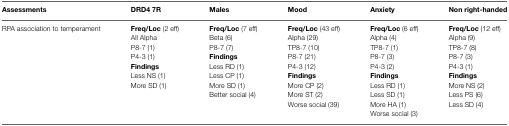
<table><thead><tr><td><b>Assessments</b></td><td><b>DRD4 7R</b></td><td><b>Males</b></td><td><b>Mood</b></td><td><b>Anxiety</b></td><td><b>Non right-handed</b></td></tr></thead><tbody><tr><td>RPA association to temperament</td><td><b>Freq/Loc</b> (2 eff)</td><td><b>Freq/Loc</b> (7 eff)</td><td><b>Freq/Loc</b> (43 eff)</td><td><b>Freq/Loc</b> (6 eff)</td><td><b>Freq/Loc</b> (12 eff)</td></tr><tr><td></td><td>All Alpha</td><td>Beta (6)</td><td>Alpha (29)</td><td>Alpha (4)</td><td>Alpha (9)</td></tr><tr><td></td><td>P8-7 (1)</td><td>P8-7 (7)</td><td>TP8-7 (10)</td><td>TP8-7 (1)</td><td>TP8-7 (8)</td></tr><tr><td></td><td>P4-3 (1)</td><td><b>Findings</b></td><td>P8-7 (21)</td><td>P8-7 (3)</td><td>P8-7 (3)</td></tr><tr><td></td><td><b>Findings</b></td><td>Less RD (1)</td><td>P4-3 (12)</td><td>P4-3 (2)</td><td>P4-3 (1)</td></tr><tr><td></td><td>Less NS (1)</td><td>Less CP (1)</td><td><b>Findings</b></td><td><b>Findings</b></td><td><b>Findings</b></td></tr><tr><td></td><td>More SD (1)</td><td>More SD (1)</td><td>More CP (2)</td><td>Less RD (1)</td><td>More NS (2)</td></tr><tr><td></td><td></td><td>Better social (4)</td><td>More ST (2)</td><td>Less SD (1)</td><td>Less PS (6)</td></tr><tr><td></td><td></td><td></td><td>Worse social (39)</td><td>More HA (1)</td><td>Less SD (4)</td></tr><tr><td></td><td></td><td></td><td></td><td>Worse social (3)</td><td></td></tr></tbody></table>